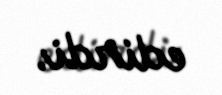
edirdi.